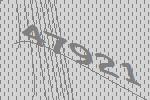
47921